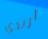
ارتدى